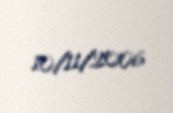
10/11/2006